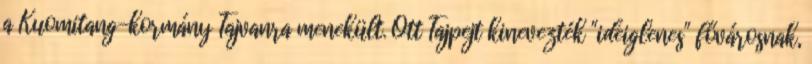
a Kuomitang-kormány Tajvanra menekült. Ott Tajpejt kinevezték "ideiglenes" fővárosnak,